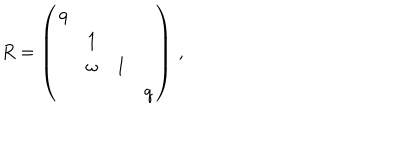
LaTeX: R = \left( \begin{array} { c c c c } { { q } } & { { } } & { { } } & { { } } \\ { { } } & { { 1 } } & { { } } & { { } } \\ { { } } & { { \omega } } & { { 1 } } & { { } } \\ { { } } & { { } } & { { } } & { { q } } \\ \end{array} \right) \, ,